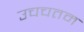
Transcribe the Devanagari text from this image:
उचचतम